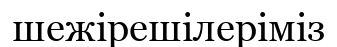
шежірешілеріміз